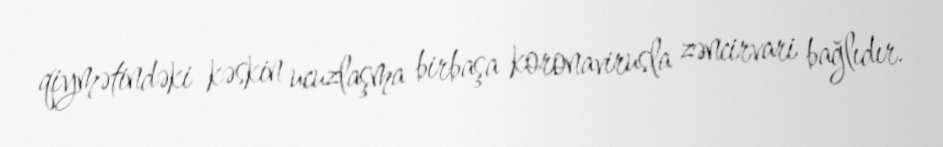
qiymətindəki kəskin ucuzlaşma birbaşa koronavirusla zəncirvari bağlıdır.